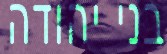
בני יהודה